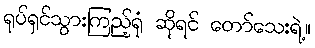
ရုပ်ရှင်သွားကြည့်ရုံ ဆိုရင် တော်သေးရဲ့။